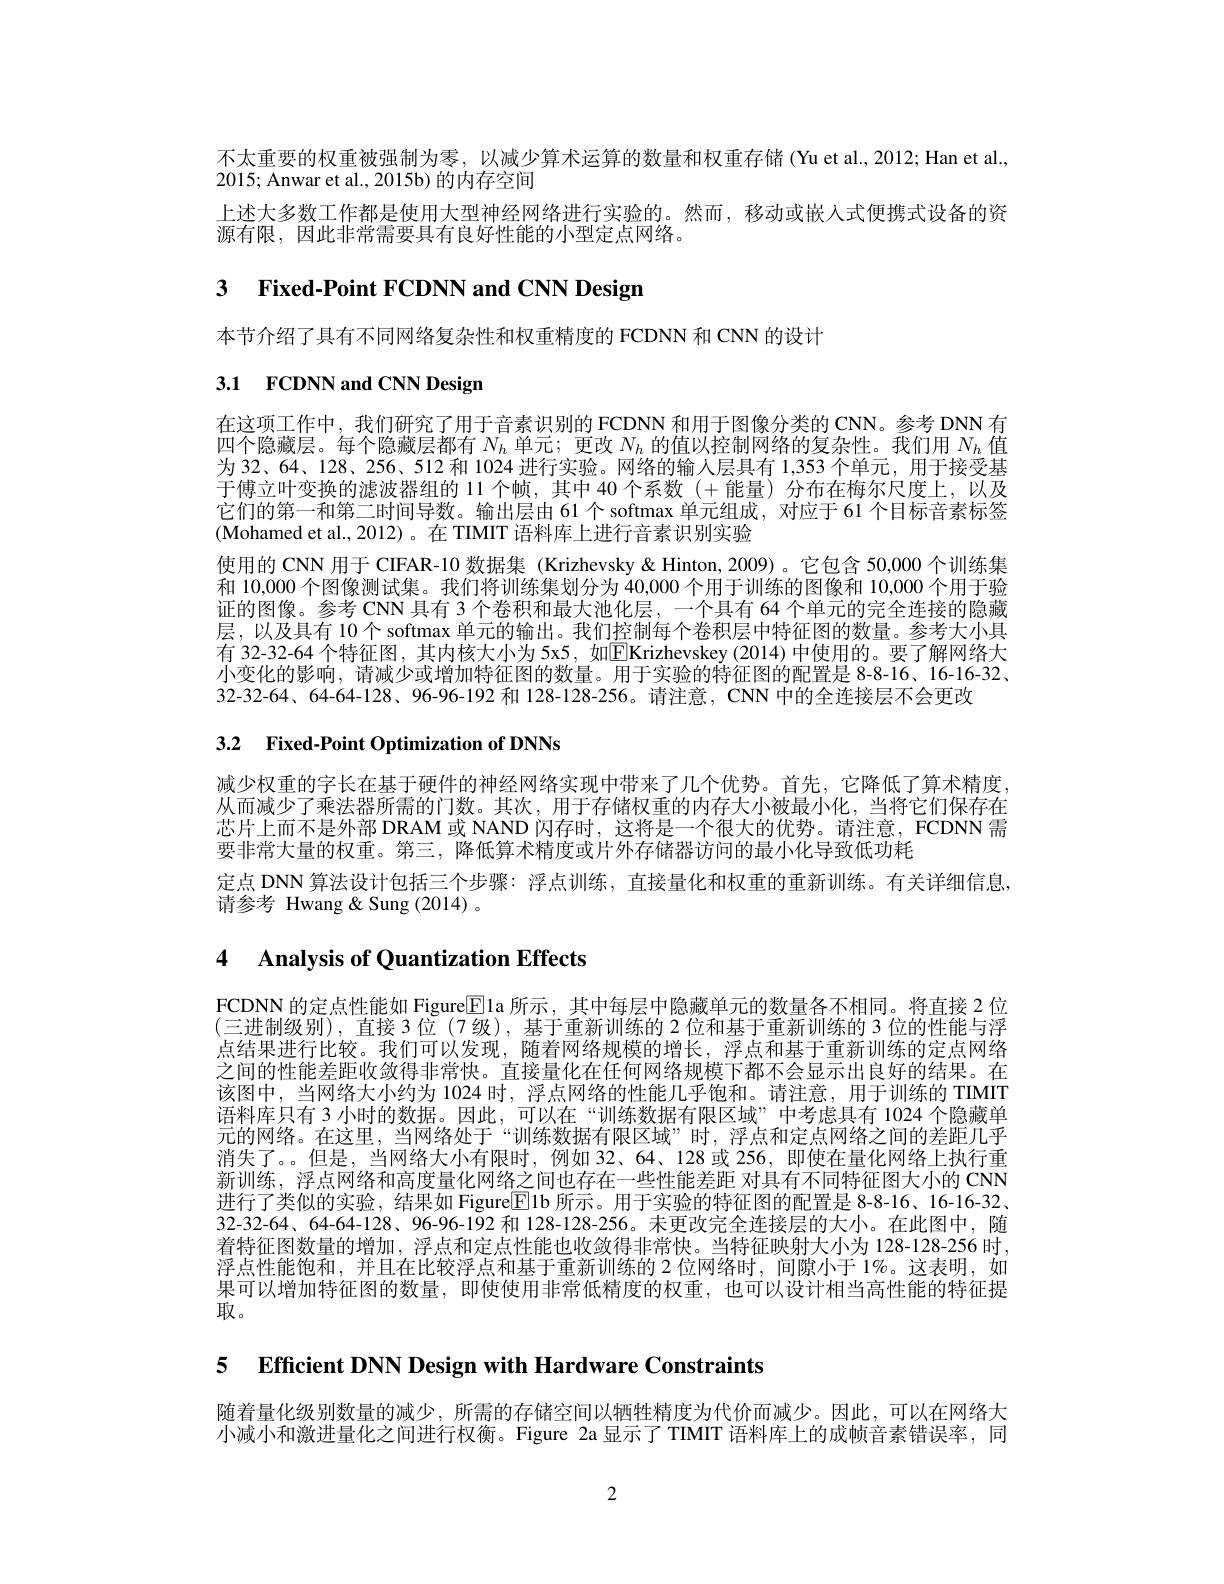
不太重要的权重被强制为零，以减少算术运算的数量和权重存储 (Yu et al.,2012; Han et al.,
2015; Anwar et al., 2015b) 的内存空间
上述大多数工作都是使用大型神经网络进行实验的。然而，移动或嵌入式便携式设备的资
源有限，因此非常需要具有良好性能的小型定点网络。

# 3 Fixed-Point FCDNN and CNN Design

本节介绍了具有不同网络复杂性和权重精度的 FCDNN 和 CNN 的设计

# 3.1 FCDNN and CNN Design

在这项工作中，我们研究了用于音素识别的 FCDNN 和用于图像分类的 CNN。参考 DNN 有四个隐藏层。每个隐藏层都有$N_h$单元；更改$N_h$的值以控制网络的复杂性。我们用$N_h$值为 32、64、128、256、512 和 1024 进行实验。网络的输人层具有 1,353 个单元，用于接受基于傅立叶变换的滤波器组的 11 个帧，其中 40 个系数 (+ 能量) 分布在梅尔尺度上，以及它们的第一和第二时间导数。输出层由 61 个 softmax 单元组成，对应于 61 个目标音素标签(Mohamed et al., 2012)。在 TIMIT 语料库上进行音素识别实验
使用的 CNN 用于 CIFAR-10 数据集 (Krizhevsky & Hinton, 2009)。它包含 50,000 个训练集和 10,000 个图像测试集。我们将训练集划分为 40,000 个用于训练的图像和 10,000 个用于验证的图像。参考 CNN 具有 3 个卷积和最大池化层，一个具有 64 个单元的完全连接的隐藏层，以及具有 10个 softmax 单元的输出。我们控制每个卷积层中特征图的数量。参考大小具有 32-32-64 个特征图，其内核大小为 5x5, 如$\boxed{\mathrm{E}}$Krizhevskey (2014) 中使用的。要了解网络大小变化的影响，请减少或增加特征图的数量。用于实验的特征图的配置是 8-8-16、16-16-32、 32-32-64、64-64-128、96-96-192 和 128-128-256。请注意，CNN 中的全连接层不会更改

# 3.2 Fixed-Point Optimization of DNNs

减少权重的字长在基于硬件的神经网络实现中带来了几个优势。首先，它降低了算术精度从而减少了乘法器所需的门数。其次，用于存储权重的内存大小被最小化，当将它们保存在芯片上而不是外部 DRAM 或 NAND 闪存时，这将是一个很大的优势。请注意，FCDNN 需要非常大量的权重。第三，降低算术精度或片外存储器访问的最小化导致低功耗
定点 DNN 算法设计包括三个步骤：浮点训练，直接量化和权重的重新训练。有关详细信息
请参考 Hwang & Sung (2014)。

# 4 Analysis of Quantization Effects

FCDNN 的定点性能如 Figure$\boxed{\mathrm{E}}$la 所示，其中每层中隐藏单元的数量各不相同。将直接 2 位(三进制级别),直接3位(7级),基于重新训练的2位和基于重新训练的 3位的性能与浮点结果进行比较。我们可以发现，随着网络规模的增长，浮点和基于重新训练的定点网络之间的性能差距收敛得非常快。直接量化在任何网络规模下都不会显示出良好的结果。在该图中，当网络大小约为 1024时，浮点网络的性能几乎饱和。请注意，用于训练的 TIMIT 语料库只有 3 小时的数据。因此，可以在“训练数据有限区域”中考虑具有 1024 个隐藏单元的网络。在这里，当网络处于“训练数据有限区域”时，浮点和定点网络之间的差距几乎消失了。。但是，当网络大小有限时，例如 32、64、128 或 256,即使在量化网络上执行重新训练，浮点网络和高度量化网络之间也存在一些性能差距 对具有不同特征图大小的 CNN 进行了类似的实验，结果如 Figure$\mathbb{E}$lb 所示。用于实验的特征图的配置是 8-8-16、16-16-3232-32-64、64-64-128、96-96-192 和 128-128-256。未更改完全连接层的大小。在此图中，随着特征图数量的增加，浮点和定点性能也收敛得非常快。当特征映射大小为 128-128-256 时浮点性能饱和，并且在比较浮点和基于重新训练的 2 位网络时，间隙小于 1%。这表明，如果可以增加特征图的数量，即使使用非常低精度的权重，也可以设计相当高性能的特征提取。

5 $\textbf{Efficient DNN Design with Hardware Constraints}$

随着量化级别数量的减少，所需的存储空间以牺牲精度为代价而减少。因此，可以在网络大小减小和激进量化之间进行权衡。Figure 2a 显示了 TIMIT 语料库上的成帧音素错误率，同

2